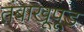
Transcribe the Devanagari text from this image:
तंबाखूपूड